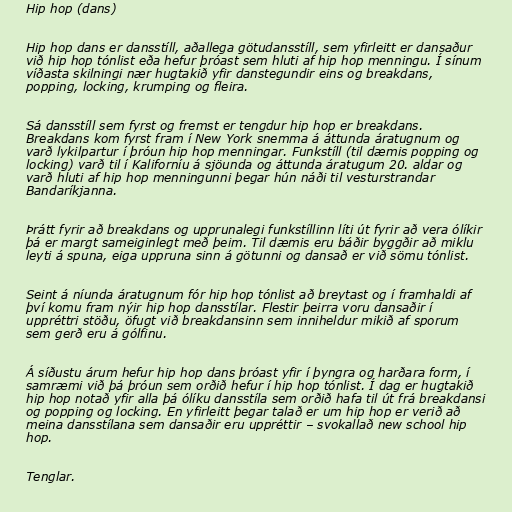
Hip hop (dans)

Hip hop dans er dansstíll, aðallega götudansstíll, sem yfirleitt er dansaður
við hip hop tónlist eða hefur þróast sem hluti af hip hop menningu. Í sínum
víðasta skilningi nær hugtakið yfir danstegundir eins og breakdans,
popping, locking, krumping og fleira.

Sá dansstíll sem fyrst og fremst er tengdur hip hop er breakdans.
Breakdans kom fyrst fram í New York snemma á áttunda áratugnum og
varð lykilpartur í þróun hip hop menningar. Funkstíll (til dæmis popping og
locking) varð til í Kaliforníu á sjöunda og áttunda áratugum 20. aldar og
varð hluti af hip hop menningunni þegar hún náði til vesturstrandar
Bandaríkjanna.

Þrátt fyrir að breakdans og upprunalegi funkstíllinn líti út fyrir að vera ólíkir
þá er margt sameiginlegt með þeim. Til dæmis eru báðir byggðir að miklu
leyti á spuna, eiga uppruna sinn á götunni og dansað er við sömu tónlist.

Seint á níunda áratugnum fór hip hop tónlist að breytast og í framhaldi af
því komu fram nýir hip hop dansstílar. Flestir þeirra voru dansaðir í
uppréttri stöðu, öfugt við breakdansinn sem inniheldur mikið af sporum
sem gerð eru á gólfinu.

Á síðustu árum hefur hip hop dans þróast yfir í þyngra og harðara form, í
samræmi við þá þróun sem orðið hefur í hip hop tónlist. Í dag er hugtakið
hip hop notað yfir alla þá ólíku dansstíla sem orðið hafa til út frá breakdansi
og popping og locking. En yfirleitt þegar talað er um hip hop er verið að
meina dansstílana sem dansaðir eru uppréttir – svokallað new school hip
hop.

Tenglar.